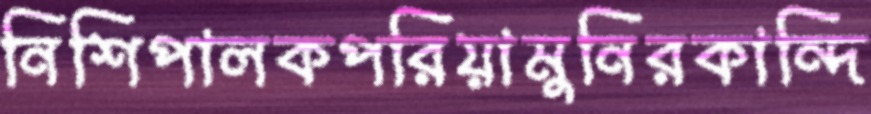
নিশিপালকপরিয়ামুনিরকান্দি